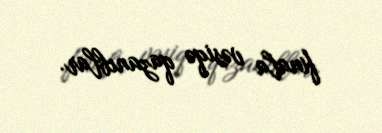
finala vəsiqə qazanıblar.